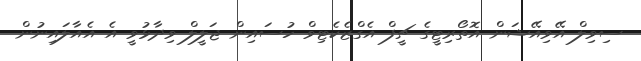
ސިވިލް އޭވިއޭޝަން އޮތޯރިޓީގެ ޗީފް އެގްޒެކެޓިވް ހުސައިން ޖަލީލް ވިދާޅުވީ އެ އެއާލައިނުން